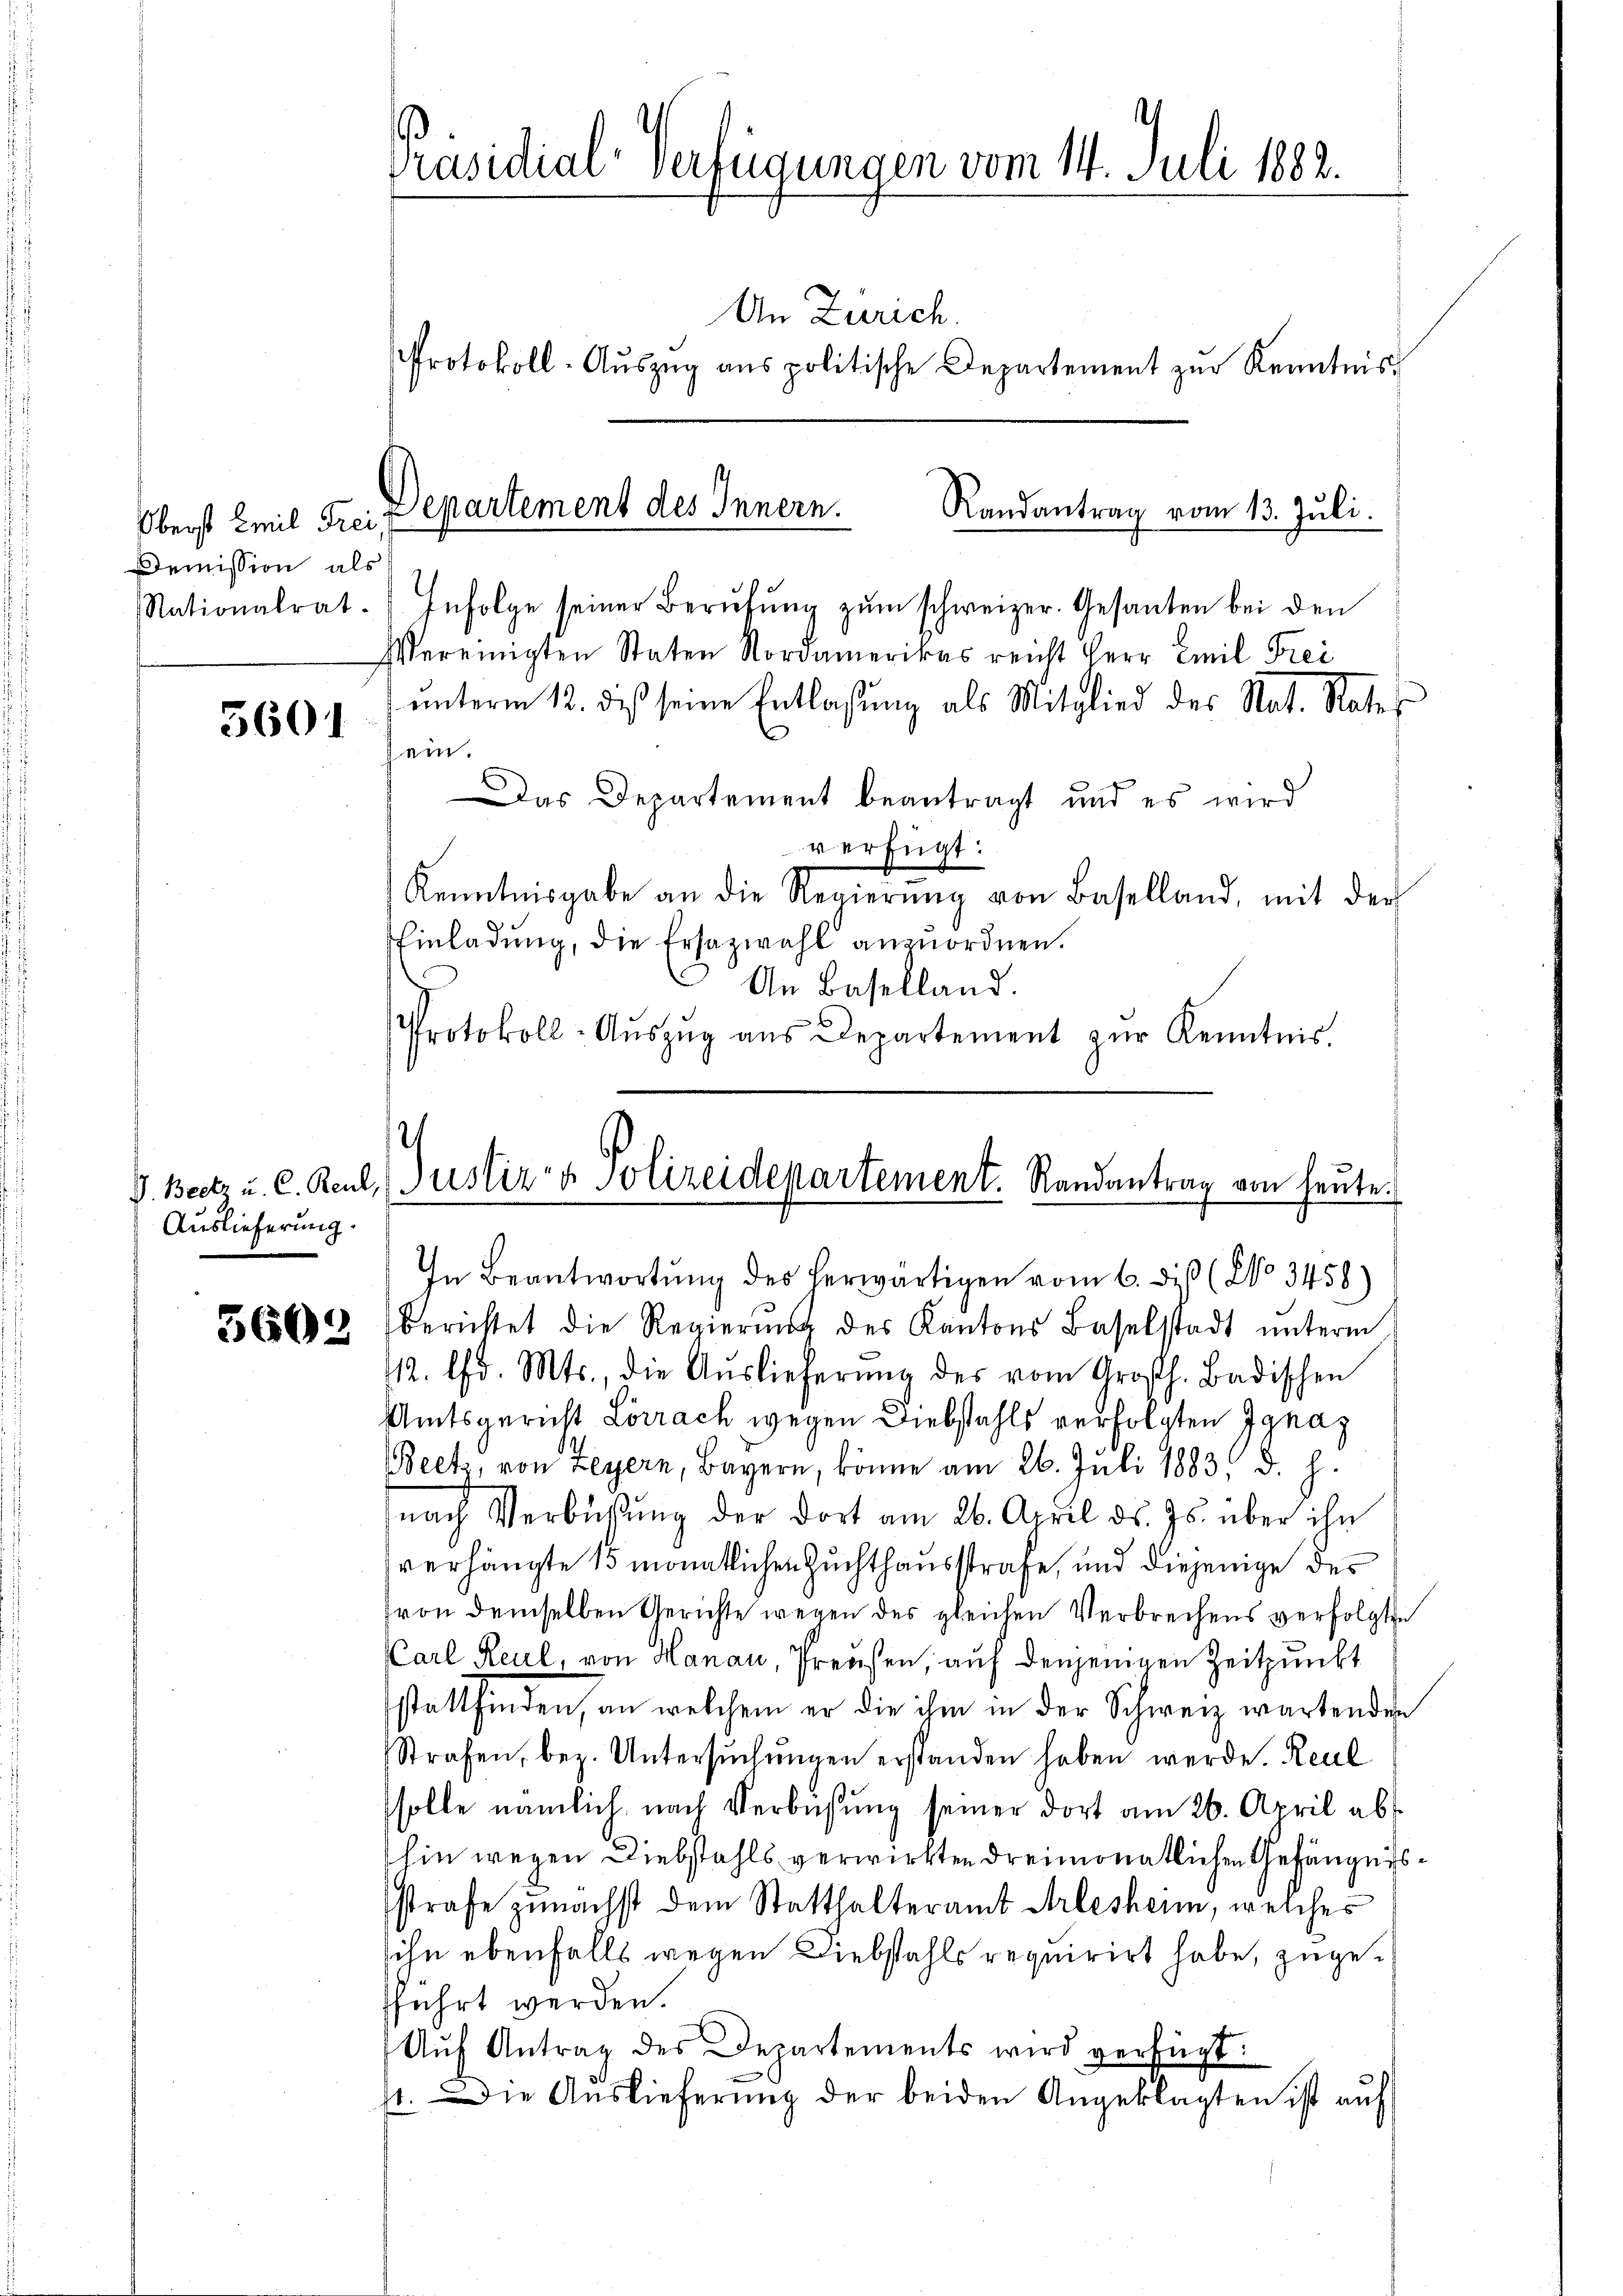
Oberst Emil Frei,
Demission als

5601

Auslieferung.

5603

Präsidial-Verfügungen vom 14. Juli 1882.

An Zürich.
Protokoll-Aŭszŭg ans politische Departement zŭr Kenntnis

Departement des Innern.
Randantrag vom 13. Juli.

Nationalrat. Infolge seiner Berŭfŭng zŭm schweizer. Gesanten bei den
Vereinigten Staten Nordamerikas reicht Herr Emil Frei
unterm 12. des seine Entlassung als Mitglied des Rat. Rates
ein.
Das Departement beantragt und es wird
verfügt:
Kenntnisgabe an die Regierŭng von Baselland, mit der
Einladung, die Ersazwahl anzuordnen.
An Baselland.
Protokoll-Aŭszŭg aŭs Departement zŭr Kenntnis.

2
V. Beetz u. C. Reul, (Justiz & Polizeidepartement. Randantrag von heute.
In Beantwortŭng des herwärtigen vom 6. dieß (No 3458)

berichtet die Regierŭng des Kantons Baselstadt ŭnterm
112. d. Mts., die Aŭslieferŭng des vom Großh. Badischen
Amtsgericht Lörrach wegen Diebstahls verfolgten Ignaz
Beet, von Feyern, Bayern, könne am 26. Juli 1883, d. h.
nach Verbüßung der dort am 26. April ds. Js. über ihn
verhängte 15 monatlichen Zuchthausstrafe, und diejenige des
von demselben Gerichte wegen des gleichen Verbrechens verfolgte
Carl Reul, von Hanau, Preußen, auf denjenigen Zeitpunkt
stattfinden, an welchem er die ihm in der Schweiz wartenden
Strafen, bez. Untersŭchŭngen erstanden haben werde. Reul
solle nämlich nach Verbüsŭng seiner dort am 26. April ab
hin wegen Diebstahls verwirkten dreimonatlichen Gefängnisstrafe zunächst dem Statthalteramt Arlesheim, welches
ihn ebenfalls wegen Diebstahls requirirt habe, zugefführt werden.
Aŭf Antrag des Departements wird verfügt:
st. Die Auslieferung der beiden Angeklagten ist auf